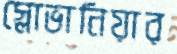
স্লোভানিয়ার